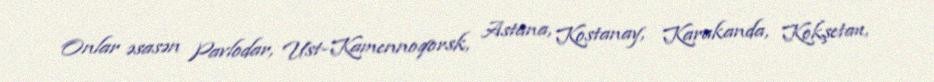
Onlar əsasən Pavlodar, Ust-Kamennoqorsk, Astana, Kostanay, Karakanda, Kokşetau,